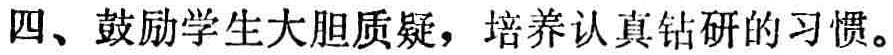
四、鼓励学生大胆质疑，培养认真钻研的习惯。